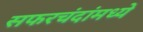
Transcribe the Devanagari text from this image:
सफरचंदांमध्ये